Leaving Certificate Examination (including Day School Certificate (Higher) General paper), 1928
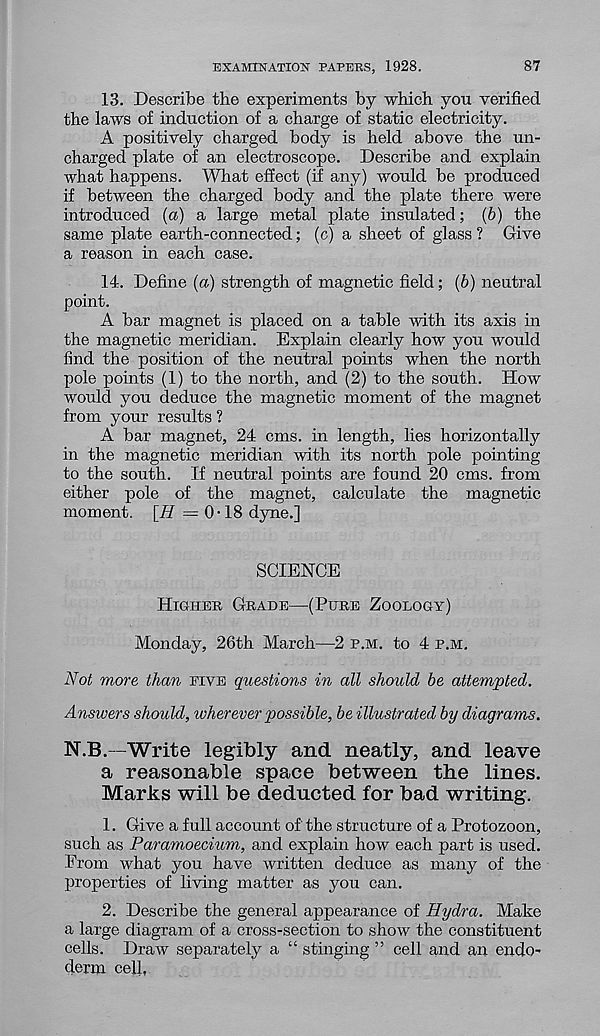
EXAMINATION PAPERS, 1928.
87
13. Describe the experiments by which you verified
the laws of induction of a charge of static electricity.
A positively charged body is held above the un-
charged plate of an electroscope. Describe and explain
what happens. What effect (if any) would be produced
if between the charged body and the plate there were
introduced (a) a large metal plate insulated; (b) the
same plate earth-connected; (c) a sheet of glass ? Give
a reason in each case.
14. Define (a) strength of magnetic field; (b) neutral
point.
A bar magnet is placed on a table with its axis in
the magnetic meridian. Explain clearly how you would
find the position of the neutral points when the north
pole points (1) to the north, and (2) to the south. How
would you deduce the magnetic moment of the magnet
from your results ?
A bar magnet, 24 cms. in length, lies horizontally
in the magnetic meridian with its north pole pointing
to the south. If neutral points are found 20 cms. from
either pole of the magnet, calculate the magnetic
moment. [H =0-18 dyne.]
SCIENCE
Higher Grade—-(Pure Zoology)
Monday, 26th March—2 p.m. to 4 p.m.
Not more than five questions in all should be attempted.
Answers should, wherever possible, be illustrated by diagrams.
N.B.—Write legibly and neatly, and leave
a reasonable space between the lines.
Marks will be deducted for bad writing.
1. Give a full account of the structure of a Protozoon,
such as Paramoecium, and explain how each part is used.
From what you have written deduce as many of the
properties of living matter as you can.
2. Describe the general appearance of Hydra. Make
a large diagram of a cross-section to show the constituent
cells. Draw separately a “ stinging ” cell and an endo-
derm cell,